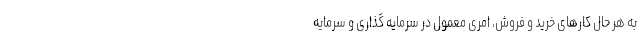
به هر حال کارهای خرید و فروش، امری معمول در سرمایه گذاری و سرمایه